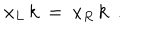
x _ { L } \, k \ = \ x _ { R } \, k \ \ .